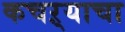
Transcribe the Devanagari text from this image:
कचऱ्याचा